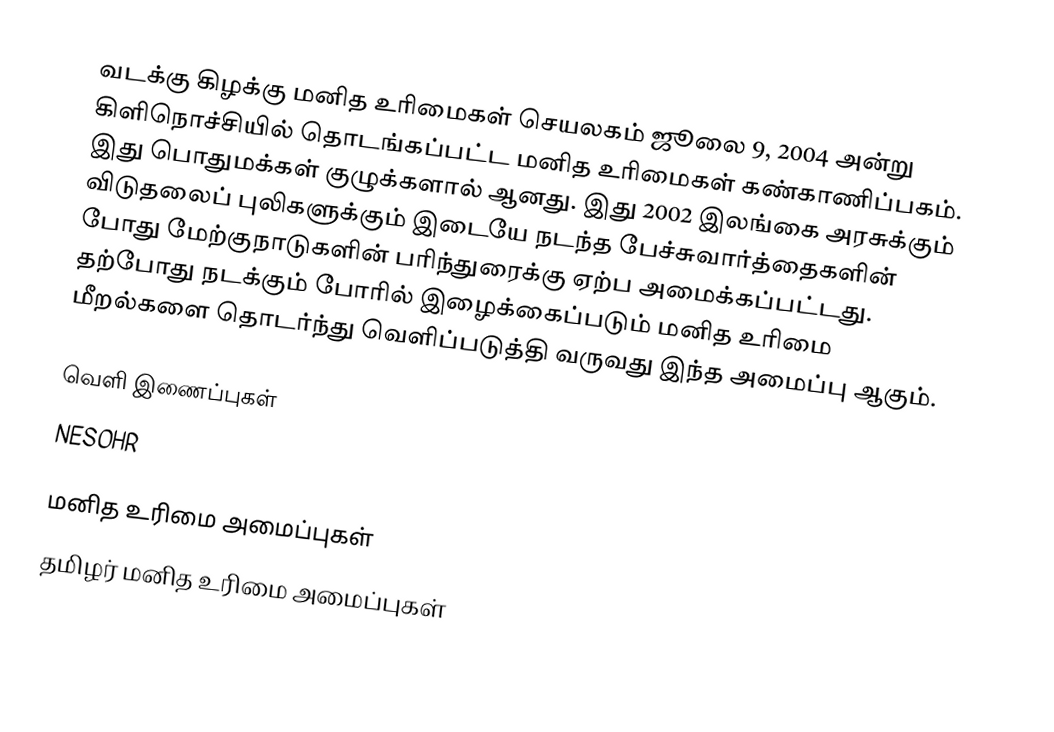
வடக்கு கிழக்கு மனித உரிமைகள் செயலகம் ஜூலை 9, 2004 அன்று கிளிநொச்சியில் தொடங்கப்பட்ட மனித உரிமைகள் கண்காணிப்பகம்.  இது பொதுமக்கள் குழுக்களால் ஆனது.  இது 2002 இலங்கை அரசுக்கும் விடுதலைப் புலிகளுக்கும் இடையே நடந்த பேச்சுவார்த்தைகளின் போது மேற்குநாடுகளின் பரிந்துரைக்கு ஏற்ப  அமைக்கப்பட்டது.  தற்போது நடக்கும் போரில் இழைக்கைப்படும் மனித உரிமை மீறல்களை தொடர்ந்து வெளிப்படுத்தி வருவது இந்த அமைப்பு ஆகும்.

வெளி இணைப்புகள்
 NESOHR

மனித உரிமை அமைப்புகள்
தமிழர் மனித உரிமை அமைப்புகள்